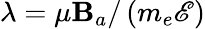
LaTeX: \lambda=\mu\mathbf{B}_{a}/\left(m_{e}\mathscr{E}\right)